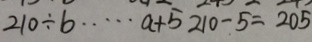
2 1 0 \div b \cdots a + 5 2 1 0 - 5 = 2 0 5